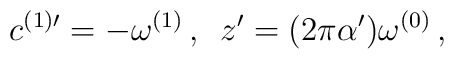
c^{(1)\prime}=-\omega^{(1)}\, ,\,\,\,z^\prime=(2\pi\alpha^\prime)\omega^{(0)}\, ,